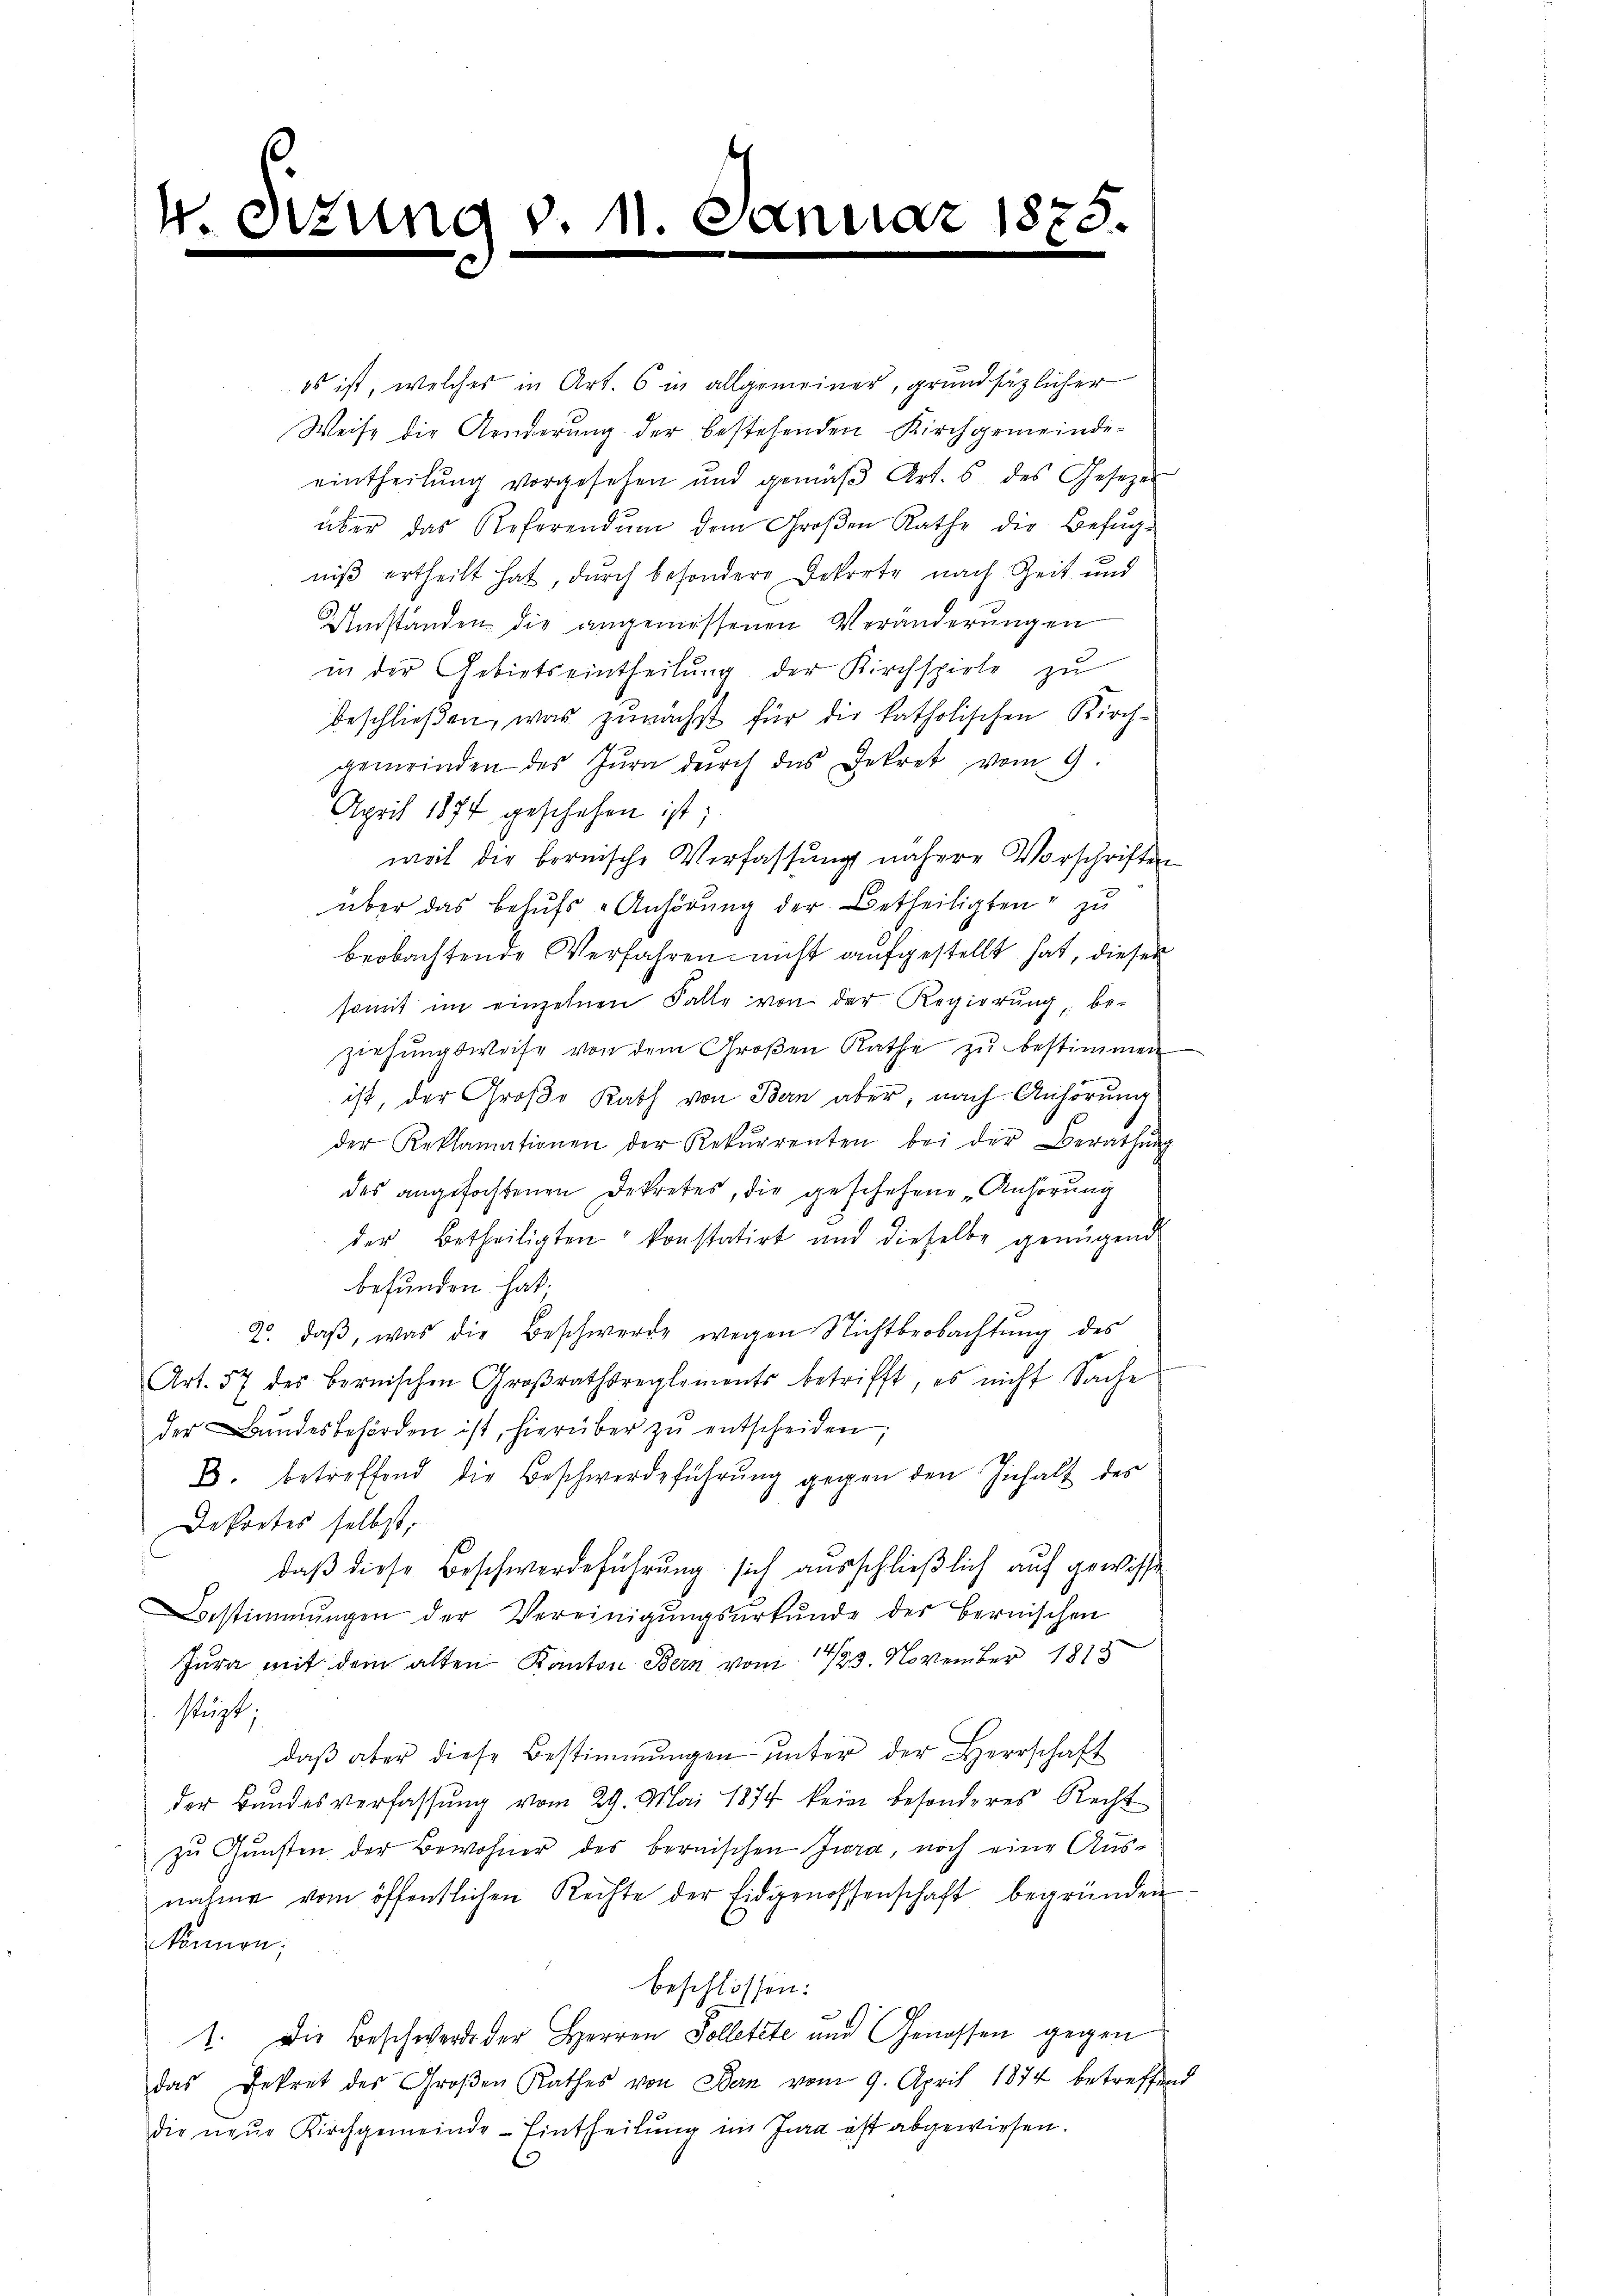
.

Sizung v. 11. De

E

1873.

es ist, welches in Art. 6 in allgemeiner, grundsätzlicher
Weise die Aenderung der bestehenden Kirchgemeinde-
eintheilung vorgesehen und gemäβ Art. 6 des Gesezes
über das Referend ŭm dem Groβen Rathe die Befug-
niß ertheilt hat, durch besondere Dekrete nach Zeit und
Umständen die angemessenen Veränderungen
in der Gebietseintheilung der Kirchspiele zu
beschließen, was zunächst für die katholischen Kirchgemeinden des Jura dŭrch das Dekret vom 9.
April 1877 geschehen ist;
weil die bernische Verfassung nähere Vorschriften
über das behŭfs Anhörung der Betheiligten zu
beobachtende Verfahren nicht aufgestellt hat, dieser
somit im einzelnen Falle von der Regierung be-
ziehungsweise von dem Großen Rathe zu bestimmen
ist, der Große Rath von Bern aber, nach Anhörung
der Reklamationen der Rekŭrrenten bei der Berathŭng
des angefochtenen Dekretes, die geschehene „Anhörung
der Betheiligten konstatirt und dieselbe genügend
befunden hat.
2. daβ, was die Beschwerde wegen Nichtbeobachtung des
Art. 57 des Bernischen Groβrathsreglements betrifft, es nicht Saches
der Bundesbehörden ist, hierüber zŭ entscheiden;
D. betreffend die Beschwerdeführung gegen den Inhalt des
Dekretes selbst,
daß diese Beschwerdeführung sich ausschließlich auf gewisse
Bestimmungen der Vereinigŭngsŭrkŭnde des bernischen
Jura mit dem alten Kanton Bern vom 14/23. November 1818
stügt;
daß aber diese Bestimmungen unter der Herrschaft
der Bundesverfassung vom 29. Mai 1874 kein besonderes Recht
zu Gunsten der Bewohner des bernischen Jura, noch eine Ausnahme vom öffentlichen Rechte der Eidgenossenschaft begründen
können;
beschlossen:
1. Die Beschwerde der Herren Solletete und Genossen gegen
das Dekret des Groβen Rathes von Bern vom 9. April 1874 betreffen
die neŭe Kirchgemeinde-Eintheilung im Jura ist abgewiesen.

e